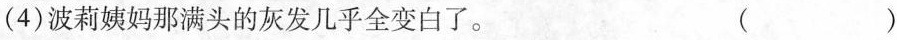
(4)波莉姨妈那满头的灰发几乎全变白了。（）